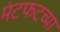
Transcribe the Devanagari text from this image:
मंटफटच्या